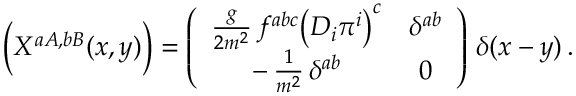
\Bigl ( X ^ { a A , b B } ( x , y ) \Bigr ) = \left( \begin{array} { c c } { { \frac { g } { 2 m ^ { 2 } } \, f ^ { a b c } \bigl ( D _ { i } \pi ^ { i } \bigr ) ^ { c } } } & { { \delta ^ { a b } } } \\ { { - \, \frac { 1 } { m ^ { 2 } } \, \delta ^ { a b } } } & { { 0 } } \end{array} \right) \, \delta ( x - y ) \, .